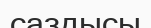
саздысы